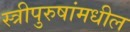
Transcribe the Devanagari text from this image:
स्त्रीपुरुषांमधील